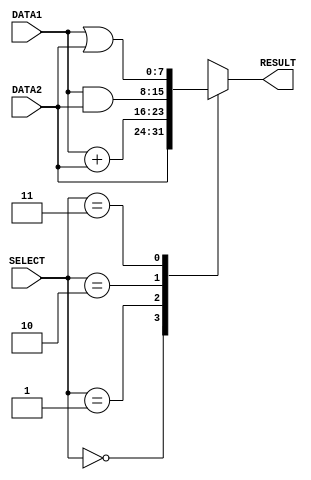
// Module name alu
module alu(DATA1, DATA2, RESULT, SELECT);

//port declaration
input [7:0] DATA1, DATA2; //initialize 8bit values for input DATA1 and DATA2
input [2:0] SELECT;   //initialize 3bit values for input
output [7:0] RESULT;   //initialize 8bit values for output

 reg [7:0] ALU_OUT; // declare a variable ALU_OUT that can hold its value 
 
 assign RESULT=ALU_OUT; //Give variable ALU_OUT value to output

 //2second delay added
 always @(DATA1, DATA2, SELECT)
 
	begin
		case(SELECT)
	
		3'b000: //FORWARD loadi, mov 
		#1 ALU_OUT= DATA2;
			
		3'b001: //ADDITION add, sub
		#2 ALU_OUT= DATA1+DATA2;
		
		3'b010: //AND
		#1 ALU_OUT= DATA1&DATA2;

		3'b011: //OR
		#1 ALU_OUT= DATA1|DATA2;
		
		default: ALU_OUT=8'bx; //remaining bits are reserved
			//$display(" select value not allowed"); //remaining bits are reserved
			
		endcase
	
	end
	
endmodule